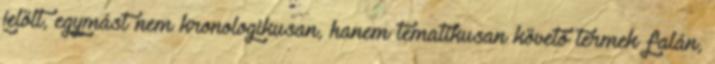
jelölt, egymást nem kronologikusan, hanem tematikusan követő termek falán,